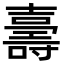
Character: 𭐙